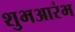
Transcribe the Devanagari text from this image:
शुभआरंभ